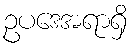
ဥပဒေအရာရှိ